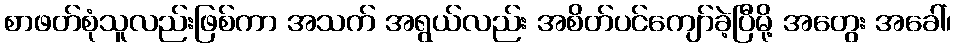
စာဖတ်စုံသူလည်းဖြစ်ကာ အသက် အရွယ်လည်း အစိတ်ပင်ကျော်ခဲ့ပြီမို့ အတွေး အခေါ်၊